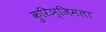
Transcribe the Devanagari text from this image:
कुरिञ्जिमला